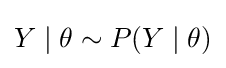
Y\mid \theta \sim P(Y\mid \theta )